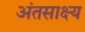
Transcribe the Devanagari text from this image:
अंतसाक्ष्य